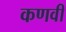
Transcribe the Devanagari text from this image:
कणवी